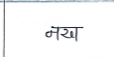
मजकूर: नख